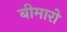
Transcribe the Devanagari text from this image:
बीमारो